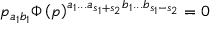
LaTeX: p _ { a _ { 1 } b _ { 1 } } \Phi \left( p \right) ^ { a _ { 1 } . . . a _ { s _ { 1 } + s _ { 2 } } b _ { 1 } . . . b _ { s _ { 1 } - s _ { 2 } } } = 0